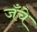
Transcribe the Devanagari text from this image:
जँचे